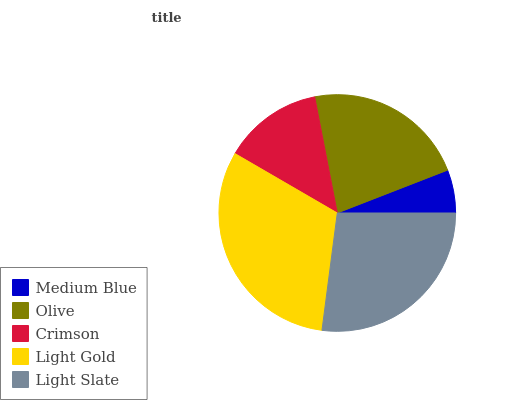
| Medium Blue | Olive | Crimson | Light Gold | Light Slate |
 | --- | --- | --- | --- | --- |
 | 5.9% | 22.1% | 13.6% | 31.3% | 27.1% |